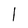
Character: 1